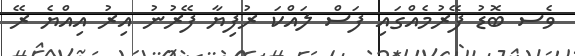
ވެސ ބޮޑު ފޭރުމެއްގައި ފަސް ލައްކަ ރުފިޔާ ފޭރުނު އިރު އިއްޔެ ރޭ